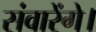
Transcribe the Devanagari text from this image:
संवारेंगे।